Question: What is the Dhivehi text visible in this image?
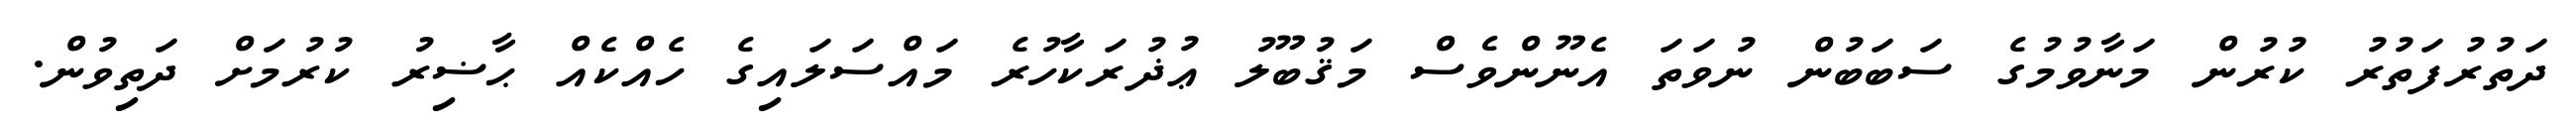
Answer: ދަތުރުފަތުރު ކުރުން މަނާވުމުގެ ސަބަބުން ނުވަތަ އެނޫންވެސް މަޤުބޫލު ޢުޛުރަކާހުރެ މައްސަލައިގެ ހެއްކެއް ޙާޟިރު ކުރުމަށް ދަތިވުން.